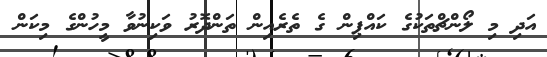
އަދި މި ލޯންޗްތަކުގެ ކައްޕިން ގެ ތެރެއިން ތަންދޮރު ވަކިނުވާ މީހުންގެ މިކަން